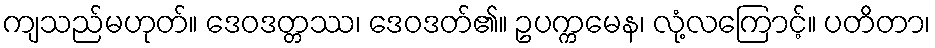
ကျသည်မဟုတ်။ ဒေဝဒတ္တဿ၊ ဒေဝဒတ်၏။ ဥပက္ကမေန၊ လုံ့လကြောင့်။ ပတိတာ၊